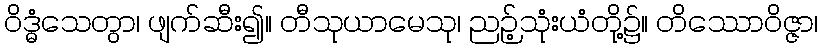
ဝိဒ္ဓံသေတွာ၊ ဖျက်ဆီး၍။ တီသုယာမေသု၊ ညဉ့်သုံးယံတို့၌။ တိဿောဝိဇ္ဇာ၊